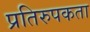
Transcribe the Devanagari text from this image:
प्रतिरुपकता